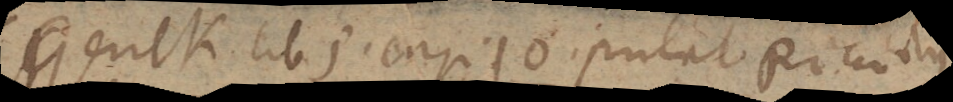
Gerick. lib. 5. cap. 10 putat Ricciolus